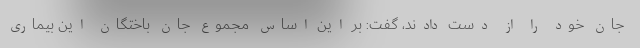
جان خود را از دست دادند، گفت: بر این اساس مجموع جان باختگان این بیماری